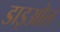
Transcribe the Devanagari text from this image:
डाइओल